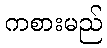
ကစားမည်